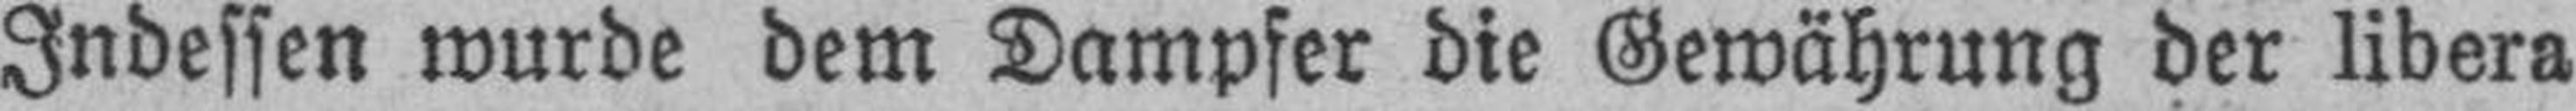
Indessen wurde dem Dampfer die Gewährung der libera